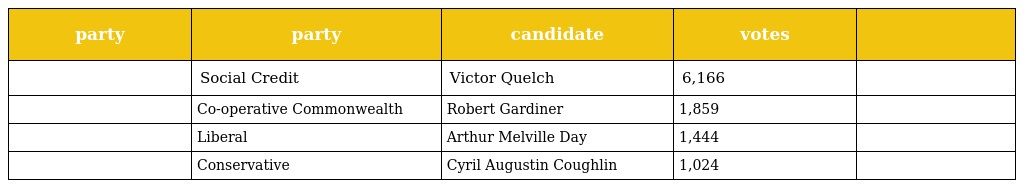
| party | party | candidate | votes |  |
 | --- | --- | --- | --- | --- |
 |  | Social Credit | Victor Quelch | 6,166 |  |
 |  | Co-operative Commonwealth | Robert Gardiner | 1,859 |  |
 |  | Liberal | Arthur Melville Day | 1,444 |  |
 |  | Conservative | Cyril Augustin Coughlin | 1,024 |  |